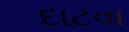
દાટવા